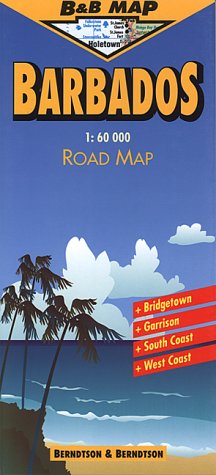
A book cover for Barbados; Treaty Oak; Travel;